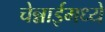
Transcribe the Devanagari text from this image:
चेन्नाईमध्ये